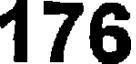
176